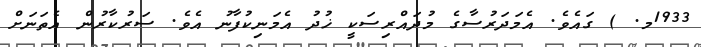
1933މ. ) ގައެވެ. އެމަދަރުސާގެ މުދައްރިސަކީ ޚުދު އެމަނިކުފާނު އެވެ. ސަރުކާރުން އެތަނަށް